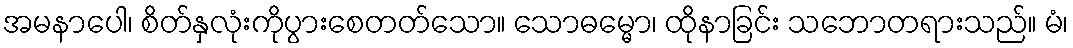
အမနာပေါ၊ စိတ်နှလုံးကိုပွားစေတတ်သော။ သောဓမ္မော၊ ထိုနာခြင်း သဘောတရားသည်။ မံ၊